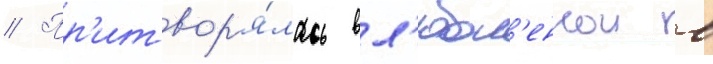
// Пр'итвор'я́лась вл'юбл'еннои в